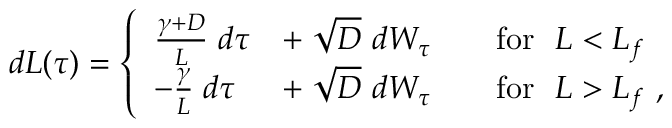
\begin{array} { r } { d L ( \tau ) = \left\{ \begin{array} { l l } { \frac { \gamma + D } { L } \; d \tau } & { + \; \sqrt { D } \ d W _ { \tau } \qquad \mathrm { f o r } \ \ L < L _ { f } } \\ { - \frac { \gamma } { L } \; d \tau } & { + \; \sqrt { D } \ d W _ { \tau } \qquad \mathrm { f o r } \ \ L > L _ { f } \ , } \end{array} \right. } \end{array}